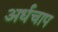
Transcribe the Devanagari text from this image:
अर्धचाप